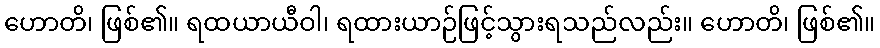
ဟောတိ၊ ဖြစ်၏။ ရထယာယီဝါ၊ ရထားယာဉ်ဖြင့်သွားရသည်လည်း။ ဟောတိ၊ ဖြစ်၏။